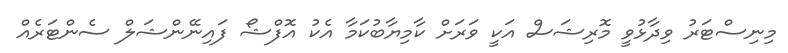
މިނިސްޓަރު ވިދާޅުވީ މޮރިޝަސް އަކީ ވަރަށް ކާމިޔާބުކަމާ އެކު އޮފްޝޯ ފައިނޭންޝަލް ސެންޓަރެއް